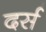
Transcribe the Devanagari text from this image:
दर्स